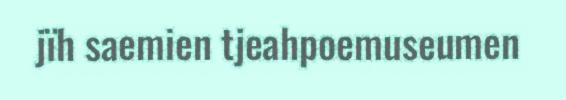
jïh saemien tjeahpoemuseumen